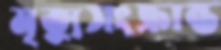
মৃত্যুসংক্রান্ত